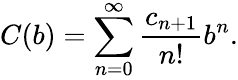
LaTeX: C(b)=\sum_{n=0}^{\infty}{\frac{c_{n+1}}{n!}}b^{n}.